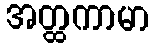
အတ္ထကာမာ